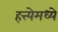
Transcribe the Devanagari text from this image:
हत्त्येमध्ये